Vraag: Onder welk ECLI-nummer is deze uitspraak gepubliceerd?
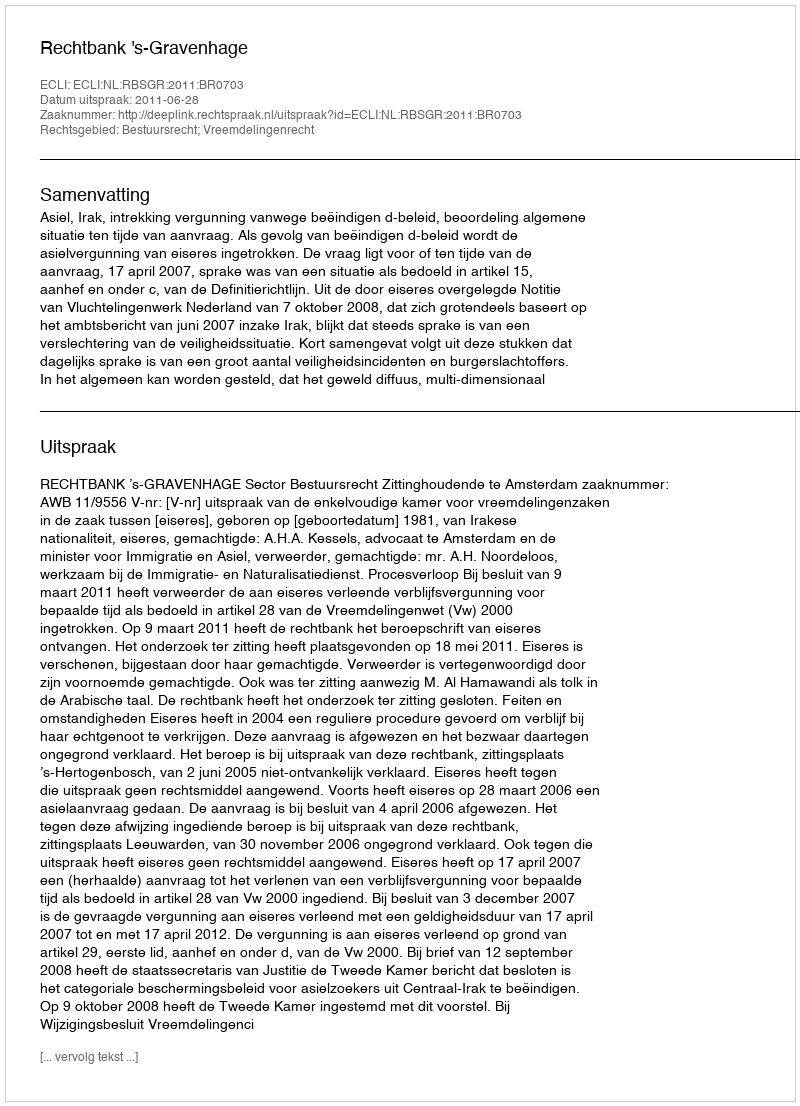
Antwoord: ECLI:NL:RBSGR:2011:BR0703